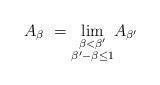
LaTeX: \begin{align*}A_{\beta}\ = \lim\limits_{\substack{\beta < \beta' \\ \beta'-\beta \leq 1}}\! A_{\beta'}\end{align*}